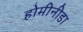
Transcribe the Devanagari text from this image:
होमीनीडा